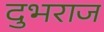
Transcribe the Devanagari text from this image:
दुभराज